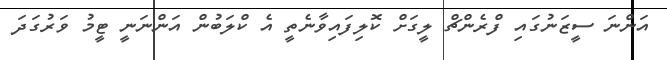
އަންނަ ސީޒަނުގައި ފްރެންޗް ލީގަށް ކޮލިފައިވާނެތީ އެ ކްލަބުން އަންނަނީ ޓީމު ވަރުގަދަ